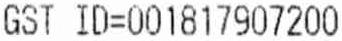
GST ID=001817907200